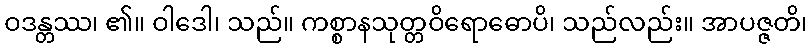
ဝဒန္တဿ၊ ၏။ ဝါဒေါ၊ သည်။ ကစ္စာနသုတ္တဝိရောဓောပိ၊ သည်လည်း။ အာပဇ္ဇတိ၊